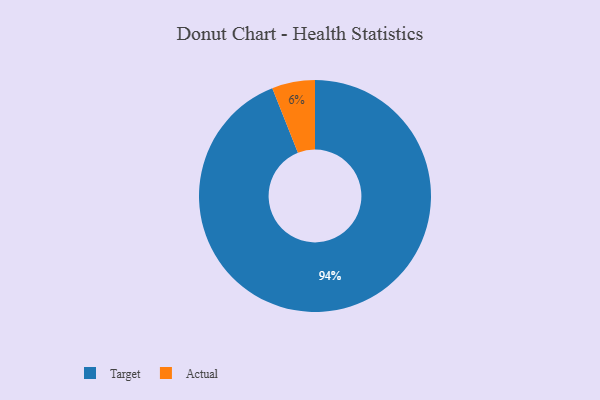
{"axis": {"x": "Category", "y": "Percentage"}, "legend": ["Actual", "Target"], "data": [{"x": "Target", "y": 94, "type": "Target"}, {"x": "Actual", "y": 6, "type": "Actual"}]}